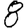
Digit: 8